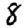
Digit: 8